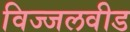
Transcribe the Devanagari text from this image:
विज्जलवीड